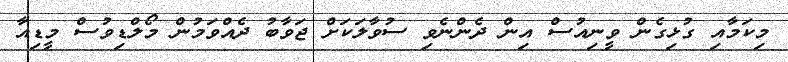
މިކަމާއި ގުޅިގެން ވީނިއުސް އިން ދެންނެވި ސުވާލަކަށް ޖަވާބު ދެއްވަމުން މޯލްޑިވުސް މީޑިއާ